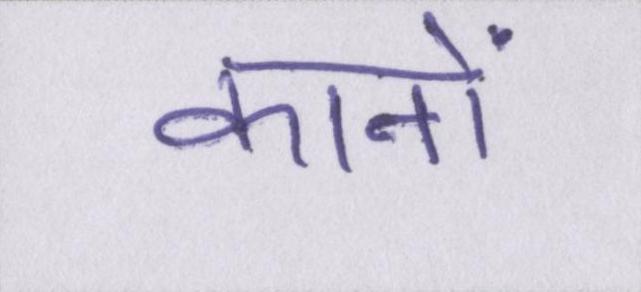
कानों